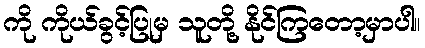
ကို ကိုယ်ခွင့်ပြုမှ သူတို့ နိုင်ကြတော့မှာပါ။